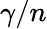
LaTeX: \gamma/n